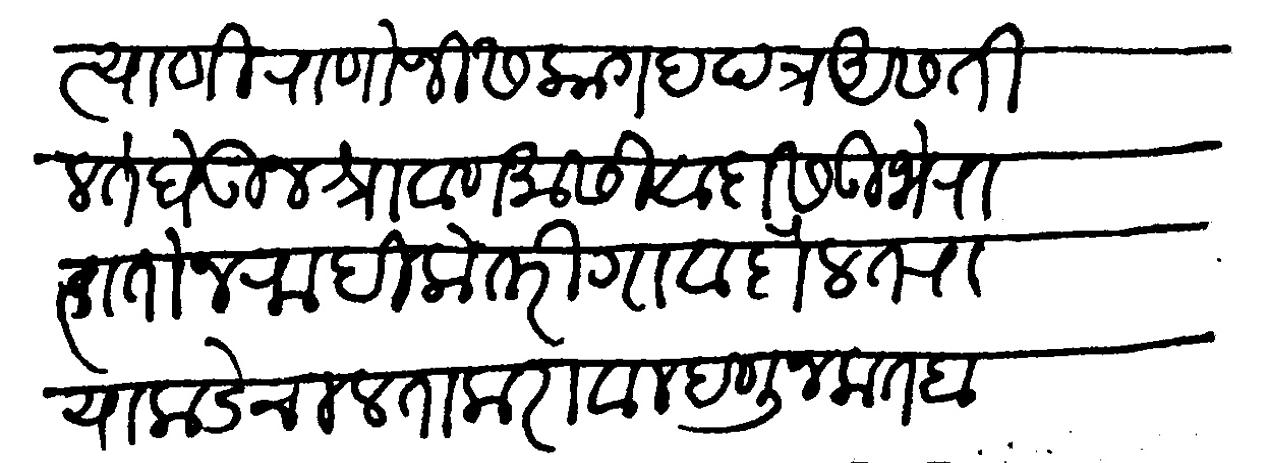
Transliteration (Devanagari): त्याणी राणोजीस व कागदपत्र असतील ते घेऊन श्रावण मासी वादास उभे राहातो न राहिलो तरी गाव दौलत राया कडे चालता करावा म्हणुन कतबा